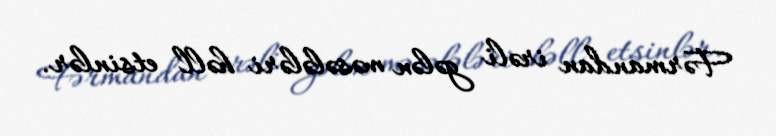
Fərmandan irəli gələn məsələləri həll etsinlər.